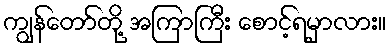
ကျွန်တော်တို့ အကြာကြီး စောင့်ရမှာလား။